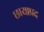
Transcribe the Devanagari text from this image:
छायाप्रद